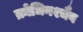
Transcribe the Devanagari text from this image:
क्रोधिनश्चैव